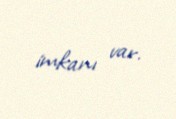
imkanı var.